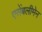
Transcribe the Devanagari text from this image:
एसेंबलीमेन